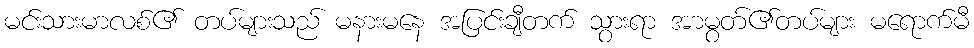
မင်းသားမာလစ်၏ တပ်များသည် မနားမနေ အပြင်းချီတက် သွားရာ အာမွတ်၏တပ်များ မရောက်မီ